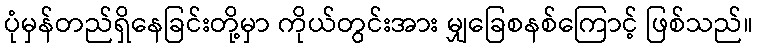
ပုံမှန်တည်ရှိနေခြင်းတို့မှာ ကိုယ်တွင်းအား မျှခြေစနစ်ကြောင့် ဖြစ်သည်။